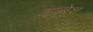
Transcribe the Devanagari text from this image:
कब्बेश